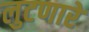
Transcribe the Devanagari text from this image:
लुटणारे